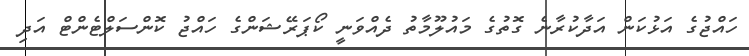
ހައްޖުގެ އަޅުކަން އަދާކުރާނެ ގޮތުގެ މައުލޫމާތު ދެއްވަނީ ކޯޕަރޭޝަންގެ ހައްޖު ކޮންސަލްޓެންޓް އަދި